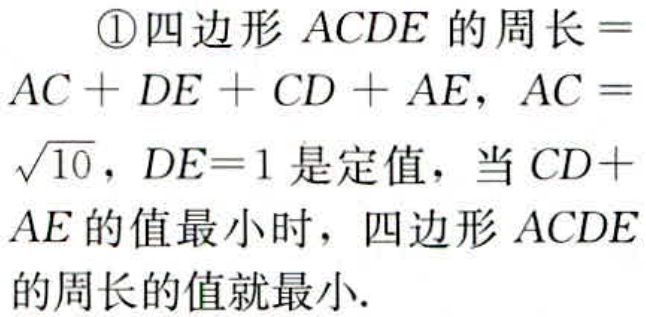
\textcircled{1}四边形\(ACDE\)的周长\(=AC + DE + CD + AE\)，\(AC =\sqrt{10}\)，\(DE = 1\)是定值，当\(CD + AE\)的值最小时，四边形\(ACDE\)的周长的值就最小.